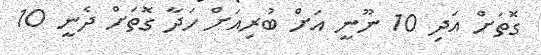
ގޮތަށް އަދި 10 ނޫނީ އަށް ބުރިއަށް ހަދާ ގޮތަށް ދެނީ 10